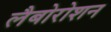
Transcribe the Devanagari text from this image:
लैबोरोशन